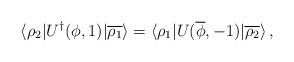
\begin{align*}\langle\rho_2|U^\dagger(\phi,1)|\overline{\rho_1}\rangle=\langle\rho_1|U(\overline\phi,-1)|\overline{\rho_2}\rangle\,,\end{align*}